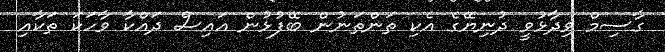
ގާސިމް ވިދާޅުވީ ދުނިޔޭގެ އެކި ތަންތަނުން ބޭފުޅުން އައިސް ދައްކާ ވާހަކަ ތަކާއި